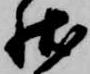
状